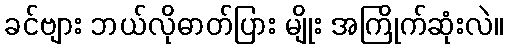
ခင်ဗျား ဘယ်လိုဓာတ်ပြား မျိုး အကြိုက်ဆုံးလဲ။